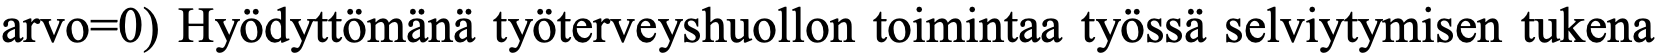
arvo=0) Hyödyttömänä työterveyshuollon toimintaa työssä selviytymisen tukena